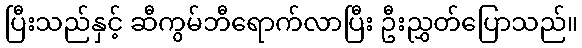
ပြီးသည်နှင့် ဆီကွမ်ဘီရောက်လာပြီး ဦးညွှတ်ပြောသည်။